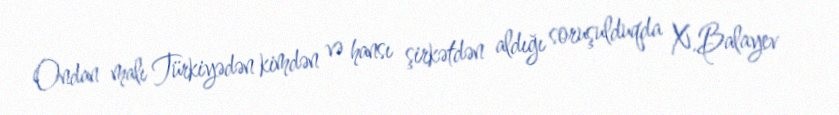
Ondan malı Türkiyədən kimdən və hansı şirkətdən aldığı soruşulduqda X.Balayev